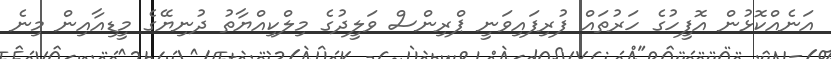
އަނެއްކޮޅުން އޮފީހުގެ ހަރުތައް ފުރިފައިވަނީ ޕްރިންސް ވަލީދުގެ މިލްކިއްޔާތު ދުނިޔޭގެ މީޑިއާއިން މިނެ